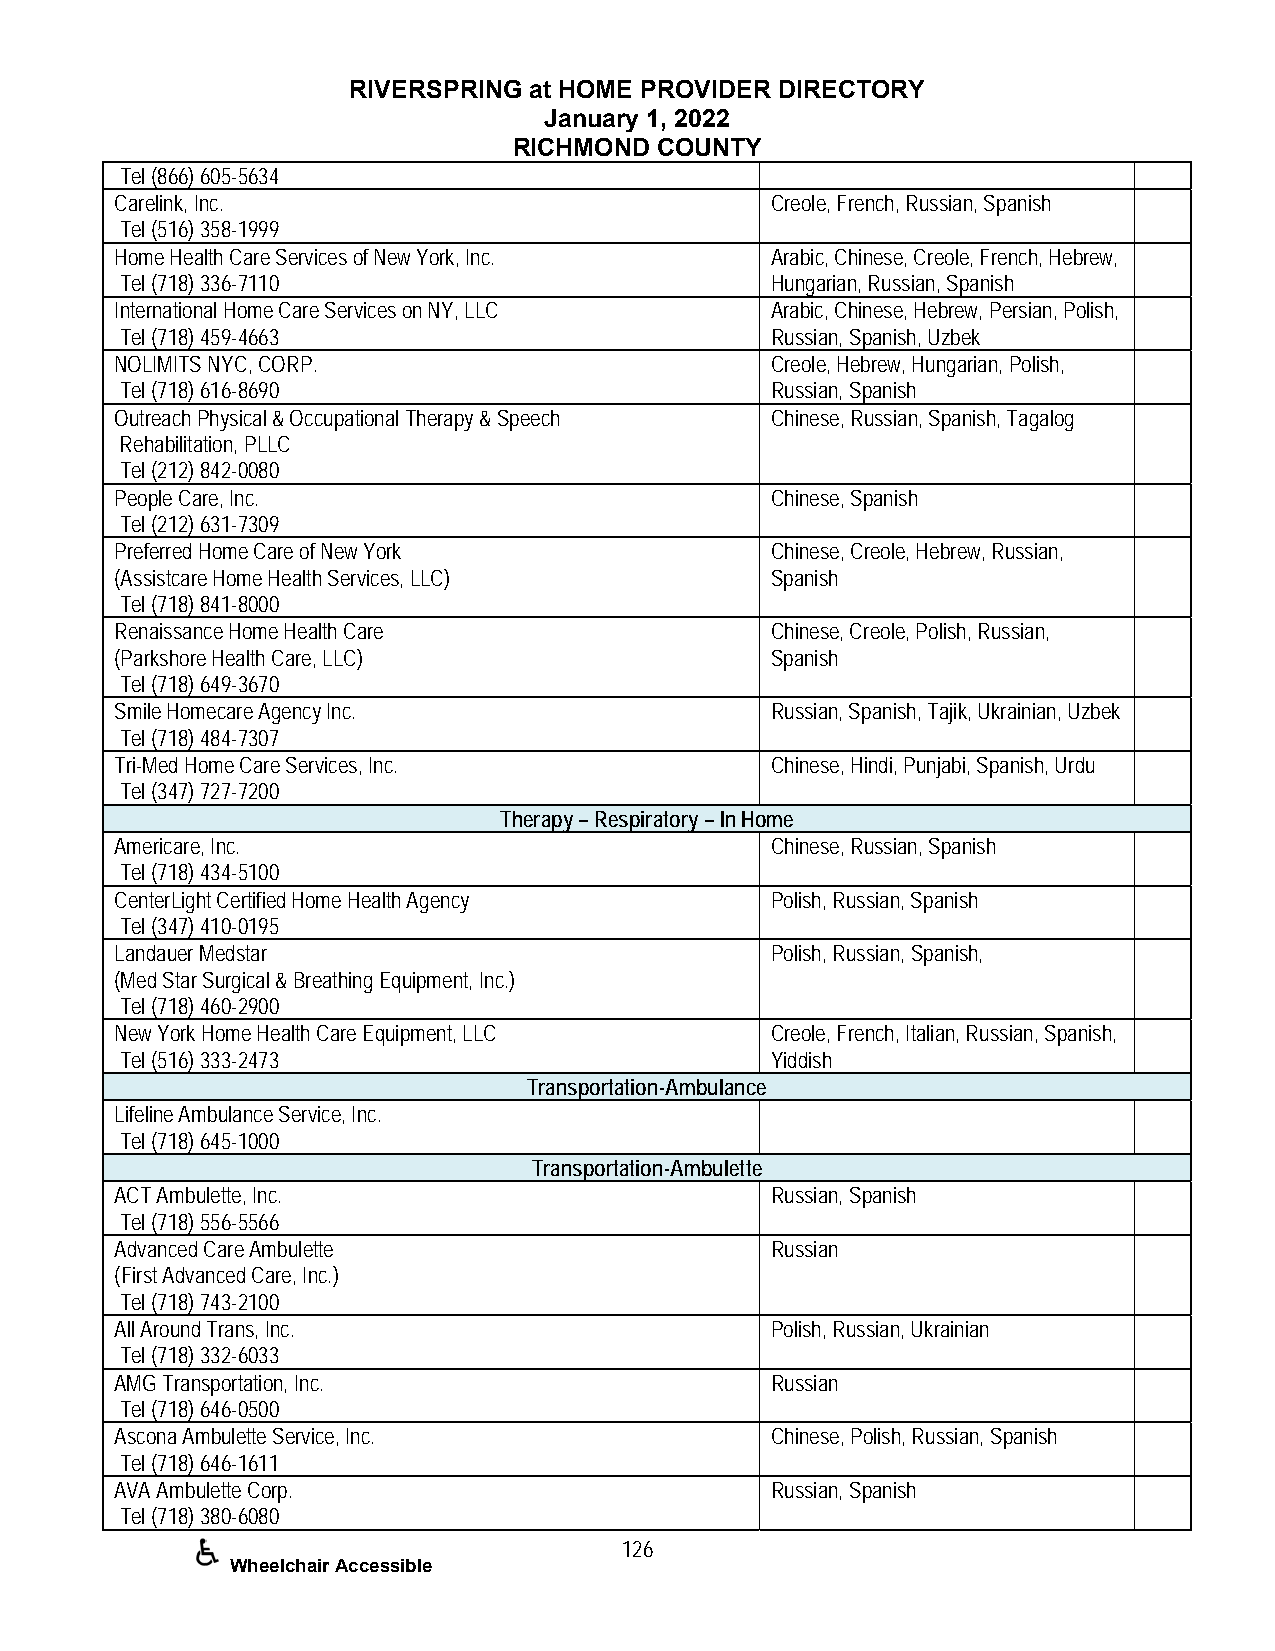
RIVERSPRING at HOME PROVIDER DIRECTORY
 January 1, 2022
 RICHMOND COUNTY
 Tel (866) 605-5634
 Carelink, Inc.                             Creole, French, Russian, Spanish
 Tel (516) 358-1999
 Home Health Care Services of New York, Inc. Arabic, Chinese, Creole, French, Hebrew,
 Tel (718) 336-7110                         Hungarian, Russian, Spanish
 International Home Care Services on NY, LLC Arabic, Chinese, Hebrew, Persian, Polish,
 Tel (718) 459-4663                         Russian, Spanish, Uzbek
 NOLIMITS NYC, CORP.                        Creole, Hebrew, Hungarian, Polish,
 Tel (718) 616-8690                         Russian, Spanish
 Outreach Physical & Occupational Therapy & Speech Chinese, Russian, Spanish, Tagalog
 Rehabilitation, PLLC
 Tel (212) 842-0080
 People Care, Inc.                          Chinese, Spanish
 Tel (212) 631-7309
 Preferred Home Care of New York            Chinese, Creole, Hebrew, Russian,
 (Assistcare Home Health Services, LLC)     Spanish
 Tel (718) 841-8000
 Renaissance Home Health Care               Chinese, Creole, Polish, Russian,
 (Parkshore Health Care, LLC)               Spanish
 Tel (718) 649-3670
 Smile Homecare Agency Inc.                 Russian, Spanish, Tajik, Ukrainian, Uzbek
 Tel (718) 484-7307
 Tri-Med Home Care Services, Inc.           Chinese, Hindi, Punjabi, Spanish, Urdu
 Tel (347) 727-7200
 Therapy – Respiratory – In Home
 Americare, Inc.                            Chinese, Russian, Spanish
 Tel (718) 434-5100
 CenterLight Certified Home Health Agency   Polish, Russian, Spanish
 Tel (347) 410-0195
 Landauer Medstar                           Polish, Russian, Spanish,
 (Med Star Surgical & Breathing Equipment, Inc.)
 Tel (718) 460-2900
 New York Home Health Care Equipment, LLC   Creole, French, Italian, Russian, Spanish,
 Tel (516) 333-2473                         Yiddish
 Transportation-Ambulance
 Lifeline Ambulance Service, Inc.
 Tel (718) 645-1000
 Transportation-Ambulette
 ACT Ambulette, Inc.                        Russian, Spanish
 Tel (718) 556-5566
 Advanced Care Ambulette                    Russian
 (First Advanced Care, Inc.)
 Tel (718) 743-2100
 All Around Trans, Inc.                     Polish, Russian, Ukrainian
 Tel (718) 332-6033
 AMG Transportation, Inc.                   Russian
 Tel (718) 646-0500
 Ascona Ambulette Service, Inc.             Chinese, Polish, Russian, Spanish
 Tel (718) 646-1611
 AVA Ambulette Corp.                        Russian, Spanish
 Tel (718) 380-6080
 126
 Wheelchair Accessible